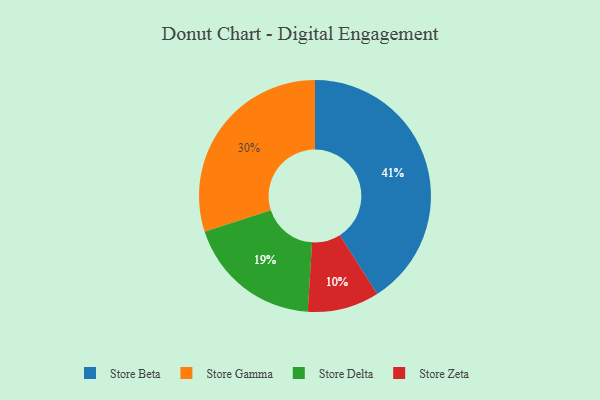
{"axis": {"x": "Category", "y": "Percentage"}, "legend": ["Store Beta", "Store Delta", "Store Gamma", "Store Zeta"], "data": [{"x": "Store Delta", "y": 19, "type": "Store Delta"}, {"x": "Store Beta", "y": 41, "type": "Store Beta"}, {"x": "Store Zeta", "y": 10, "type": "Store Zeta"}, {"x": "Store Gamma", "y": 30, "type": "Store Gamma"}]}